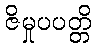
ဇိမှုပပတ္တိ